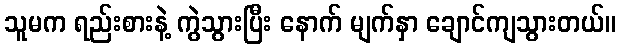
သူမက ရည်းစားနဲ့ ကွဲသွားပြီး နောက် မျက်နှာ ချောင်ကျသွားတယ်။